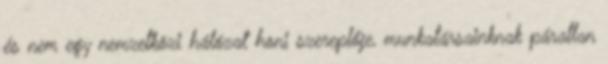
és nem egy nemzetközi hálózat honi szereplője, munkatársainknak páratlan